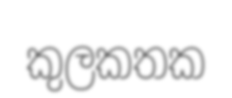
කුලකතක